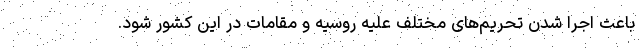
باعث اجرا شدن تحریم‌های مختلف علیه روسیه و مقامات در این کشور شود.